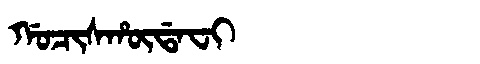
Manchu: ᡤᠣᠴᡳᠰᡥᡡᡩᠠᠸᡳ
Romanization: GOCISHŪDAFI